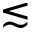
\lesssim